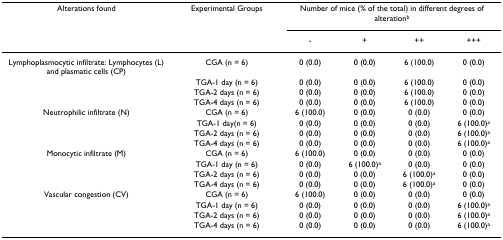
<table><thead><tr><td><b>Alterations found</b></td><td><b>Experimental Groups</b></td><td colspan="4"><b>Number of mice (% of the total) in different degrees of alteration<sup>b</sup></b></td></tr><tr><td>[EMPTY_CELL]</td><td>[EMPTY_CELL]</td><td><b>-</b></td><td><b>+</b></td><td><b>++</b></td><td><b>+++</b></td></tr></thead><tbody><tr><td>Lymphoplasmocytic infiltrate: Lymphocytes (L) and plasmatic cells (CP)</td><td>CGA (n = 6)</td><td>0 (0.0)</td><td>0 (0.0)</td><td>6 (100.0)</td><td>0 (0.0)</td></tr><tr><td>[EMPTY_CELL]</td><td>TGA-1 day (n = 6)</td><td>0 (0.0)</td><td>0 (0.0)</td><td>6 (100.0)</td><td>0 (0.0)</td></tr><tr><td>[EMPTY_CELL]</td><td>TGA-2 days (n = 6)</td><td>0 (0.0)</td><td>0 (0.0)</td><td>6 (100.0)</td><td>0 (0.0)</td></tr><tr><td>[EMPTY_CELL]</td><td>TGA-4 days (n = 6)</td><td>0 (0.0)</td><td>0 (0.0)</td><td>6 (100.0)</td><td>0 (0.0)</td></tr><tr><td>Neutrophilic infiltrate (N)</td><td>CGA (n = 6)</td><td>6 (100.0)</td><td>0 (0.0)</td><td>0 (0.0)</td><td>0 (0.0)</td></tr><tr><td>[EMPTY_CELL]</td><td>TGA-1 day(n = 6)</td><td>0 (0.0)</td><td>0 (0.0)</td><td>0 (0.0)</td><td>6 (100.0)<sup>a</sup></td></tr><tr><td>[EMPTY_CELL]</td><td>TGA-2 days (n = 6)</td><td>0 (0.0)</td><td>0 (0.0)</td><td>0 (0.0)</td><td>6 (100.0)<sup>a</sup></td></tr><tr><td>[EMPTY_CELL]</td><td>TGA-4 days (n = 6)</td><td>0 (0.0)</td><td>0 (0.0)</td><td>0 (0.0)</td><td>6 (100.0)<sup>a</sup></td></tr><tr><td>Monocytic infiltrate (M)</td><td>CGA (n = 6)</td><td>6 (100.0)</td><td>0 (0.0)</td><td>0 (0.0)</td><td>0 (0.0)</td></tr><tr><td>[EMPTY_CELL]</td><td>TGA-1 day (n = 6)</td><td>0 (0.0)</td><td>6 (100.0)<sup>a</sup></td><td>0 (0.0)</td><td>0 (0.0)</td></tr><tr><td>[EMPTY_CELL]</td><td>TGA-2 days (n = 6)</td><td>0 (0.0)</td><td>0 (0.0)</td><td>6 (100.0)<sup>a</sup></td><td>0 (0.0)</td></tr><tr><td>[EMPTY_CELL]</td><td>TGA-4 days (n = 6)</td><td>0 (0.0)</td><td>0 (0.0)</td><td>6 (100.0)<sup>a</sup></td><td>0 (0.0)</td></tr><tr><td>Vascular congestion (CV)</td><td>CGA (n = 6)</td><td>6 (100.0)</td><td>0 (0.0)</td><td>0 (0.0)</td><td>0 (0.0)</td></tr><tr><td>[EMPTY_CELL]</td><td>TGA-1 day (n = 6)</td><td>0 (0.0)</td><td>0 (0.0)</td><td>0 (0.0)</td><td>6 (100.0)<sup>a</sup></td></tr><tr><td>[EMPTY_CELL]</td><td>TGA-2 days (n = 6)</td><td>0 (0.0)</td><td>0 (0.0)</td><td>0 (0.0)</td><td>6 (100.0)<sup>a</sup></td></tr><tr><td>[EMPTY_CELL]</td><td>TGA-4 days (n = 6)</td><td>0 (0.0)</td><td>0 (0.0)</td><td>0 (0.0)</td><td>6 (100.0)<sup>a</sup></td></tr></tbody></table>